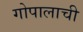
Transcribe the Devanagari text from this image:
गोपालाची